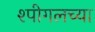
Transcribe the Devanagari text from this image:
श्पीगलच्या